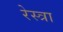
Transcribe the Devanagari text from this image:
रेस्त्रा